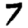
Digit: 7